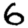
Digit: 6